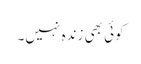
کوئی بھی زندہ نہیں۔